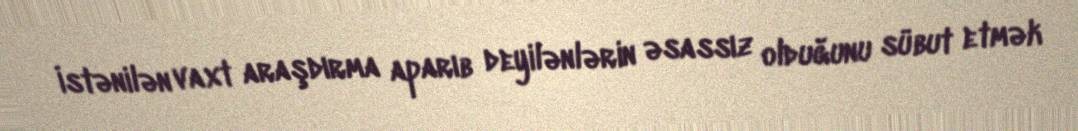
İstənilən vaxt araşdırma aparıb deyilənlərin əsassız olduğunu sübut etmək